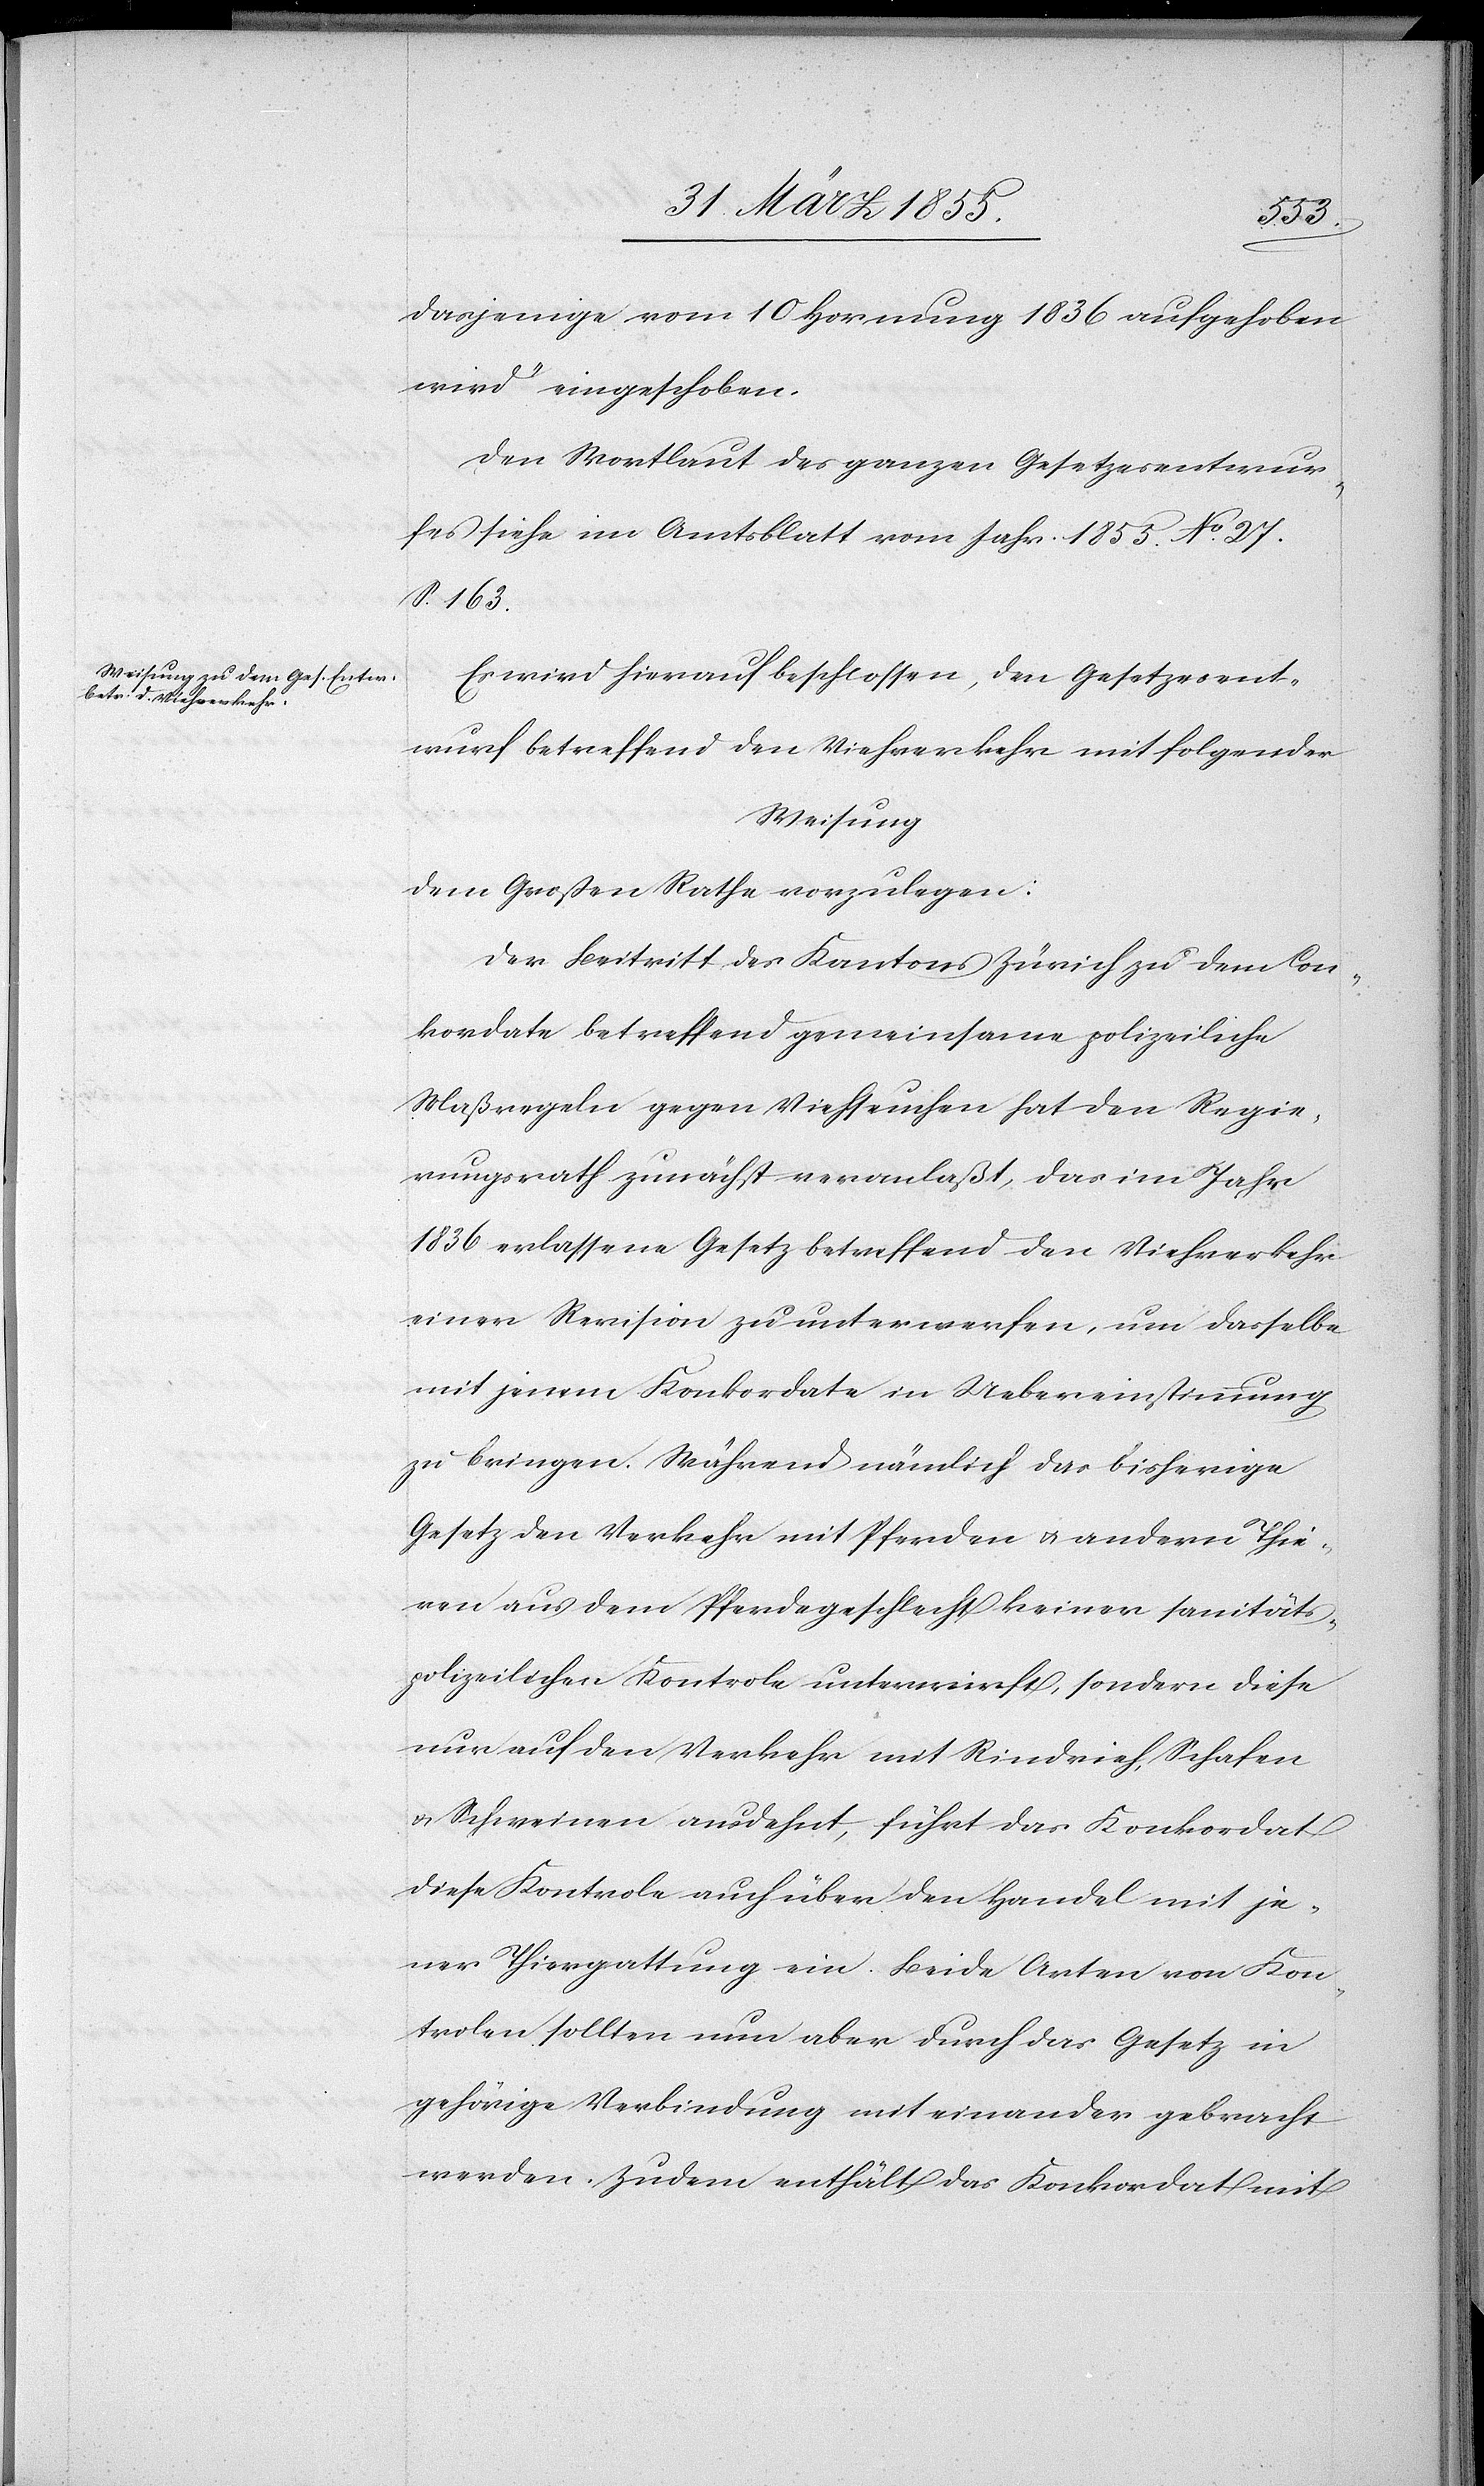
dasjenige vom 10 Hornung 1836 aufgehoben
wird“ eingeschoben.
Den Wortlaut des ganzen Gesetzesentwur¬
fes siehe im Amtsblatt vom Jahr 1855. No. 27.
S. 163.
Es wird hierauf beschlossen, den Gesetzesent¬
wurf betreffend den Viehverkehr mit folgender
Weisung
dem Großen Rathe vorzulegen:
Der Beitritt des Kantons Zürich zu dem Con¬
kordate betreffend gemeinsame polizeiliche
Maßregeln gegen Viehseuchen hat den Regie¬
rungsrath zunächst veranlaßt, das im Jahr
1836 erlassene Gesetz betreffend den Viehverkehr
einer Revision zu unterwerfen, um dasselbe
mit jenem Konkordate in Uebereinstimmung
zu bringen. Während nämlich das bisherige
Gesetz den Verkehr mit Pferden & andern Thie¬
ren aus dem Pferdegeschlecht keiner sanitäts¬
polizeilichen Kontrole unterwirft, sondern diese
nur auf den Verkehr mit Rindvieh, Schafen
& Schweinen ausdehnt, führt das Konkordat
diese Kontrole auch über den Handel mit je¬
ner Thiergattung ein. Beide Arten von Kon¬
trolen sollten nun aber durch das Gesetz in
gehörige Verbindung miteinander gebracht
werden. Zudem enthält das Konkordat mit